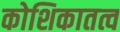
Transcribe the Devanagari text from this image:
कोशिकातत्व